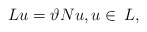
\begin{align*}Lu = \vartheta Nu, u\in \,L,\end{align*}